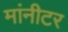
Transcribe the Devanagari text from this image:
मांनीटर